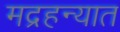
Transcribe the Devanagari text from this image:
मद्रहन्यात